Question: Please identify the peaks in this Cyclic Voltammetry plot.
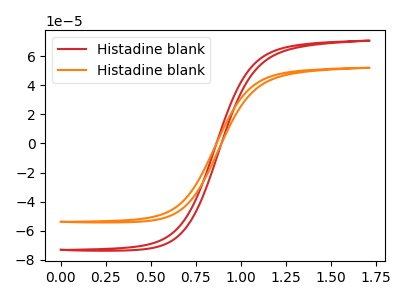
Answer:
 <answer>The red curve "Histadine blank1" has no peaks. The orange curve "Histadine blank2" has no peaks.</answer>
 <eval></eval>